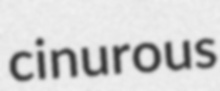
cinurous